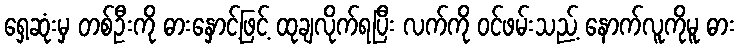
ရှေ့ဆုံးမှ တစ်ဦးကို ဓားနှောင့်ဖြင့် ထုချလိုက်ရပြီး လက်ကို ဝင်ဖမ်းသည့် နောက်လူကိုမူ ဓား